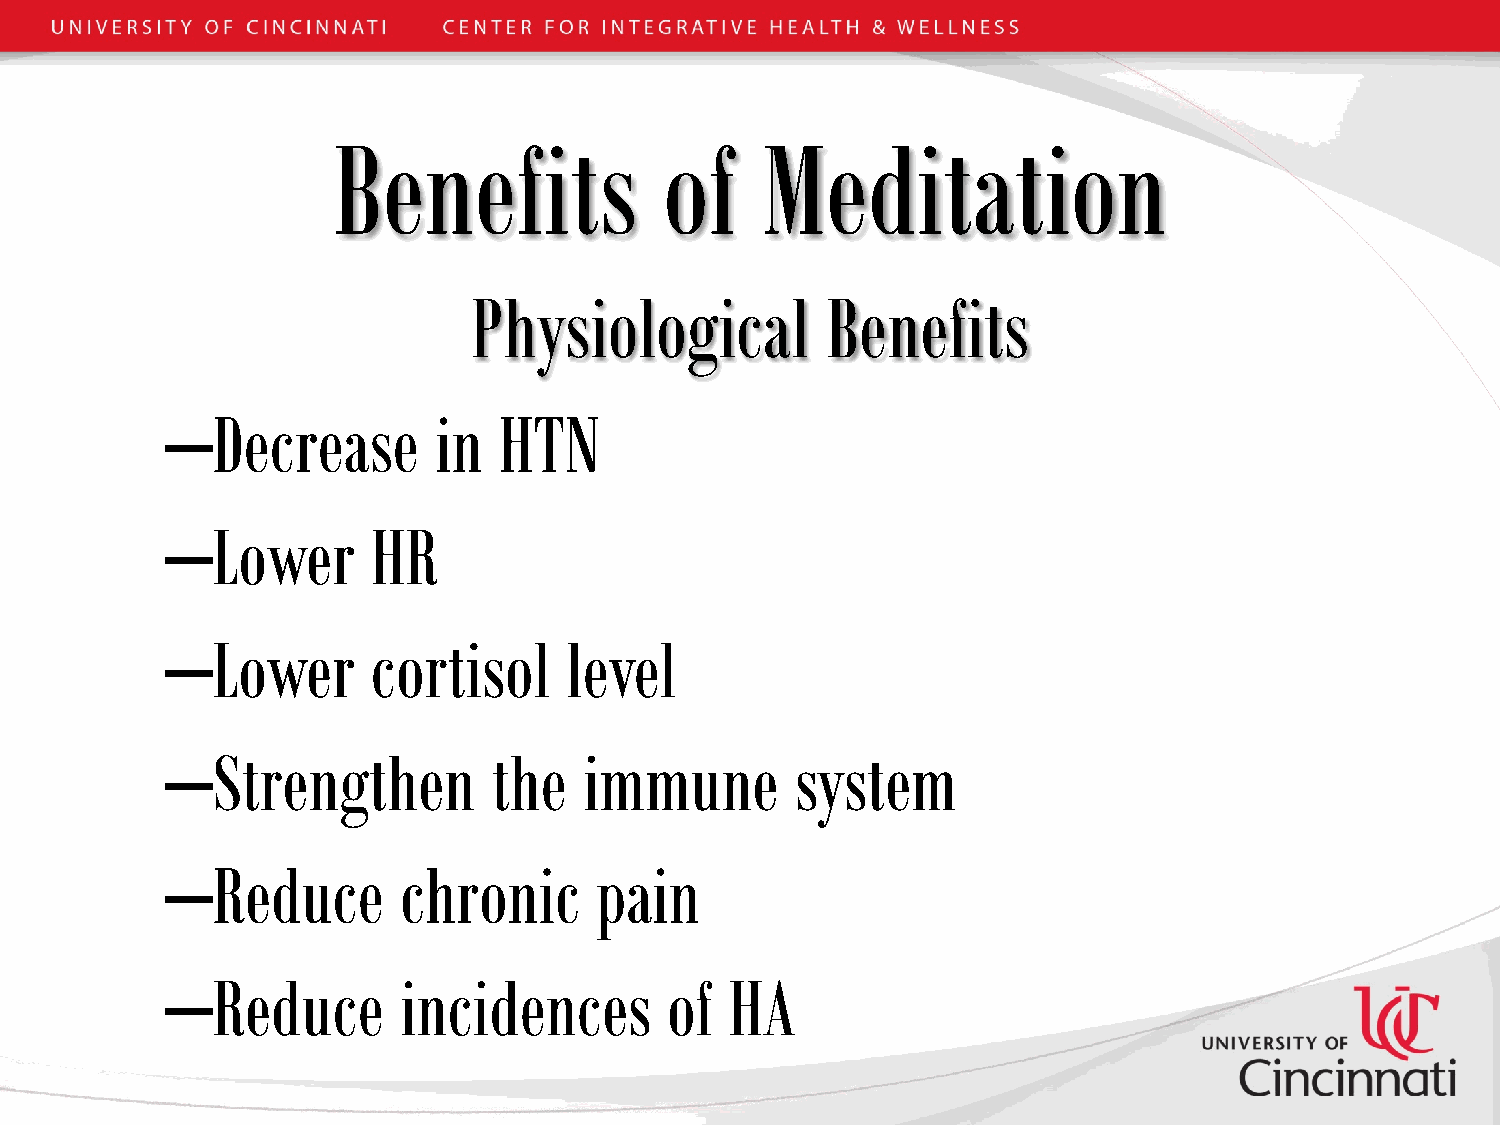
Benefits              of    Meditation
 Physiological           Benefits
 –Decrease         in  HTN
 –Lower        HR
 –Lower        cortisol    level
 –Strengthen           the   immune        system
 –Reduce        chronic      pain
 –Reduce        incidences        of  HA